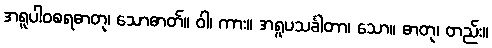
အရူပါဝစရဓာတု၊ သောဓာတ်။ ဝါ၊ ကား။ အရူပသင်္ခါတာ၊ သော။ ဓာတု၊ တည်း။